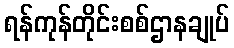
ရန်ကုန်တိုင်းစစ်ဌာနချုပ်